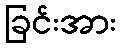
ခြင်းအား